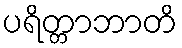
ပရိတ္တာဘာတိ